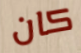
كان